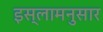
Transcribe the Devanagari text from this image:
इस्लामनुसार